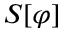
S [ \varphi ]